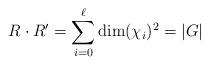
LaTeX: \begin{align*}R \cdot R' = \sum_{i=0}^{\ell} \dim(\chi_i)^2 = |G|\end{align*}